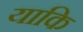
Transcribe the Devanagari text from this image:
याकि